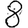
Digit: 8